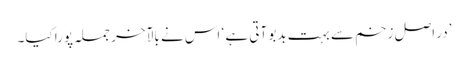
’در اصل زخم سے بہت بدبو آتی ہے ‘ اس نے بالآخر جملہ پورا کیا۔